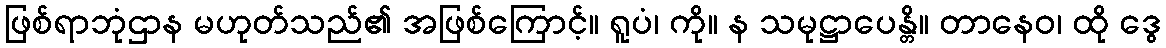
ဖြစ်ရာဘုံဌာန မဟုတ်သည်၏ အဖြစ်ကြောင့်။ ရူပံ၊ ကို။ န သမုဋ္ဌာပေန္တိ။ တာနေဝ၊ ထို ဒွေ